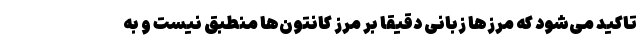
تاکید می‌شود که مرزها زبانی دقیقا بر مرز کانتون‌ها منطبق نیست و به